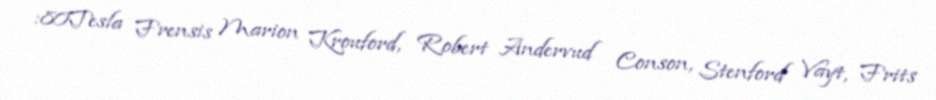
:80Tesla Frensis Marion Krouford, Robert Andervud Conson, Stenford Vayt, Frits